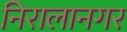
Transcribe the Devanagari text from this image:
निरालानगर